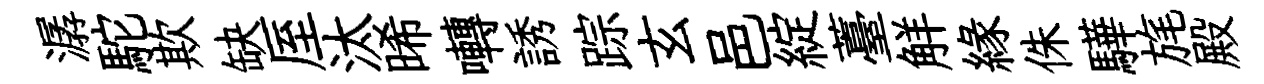
潺駝欺缺厔汰晞囀誘踪玄邑綻薹觧縁侏驊旄殿